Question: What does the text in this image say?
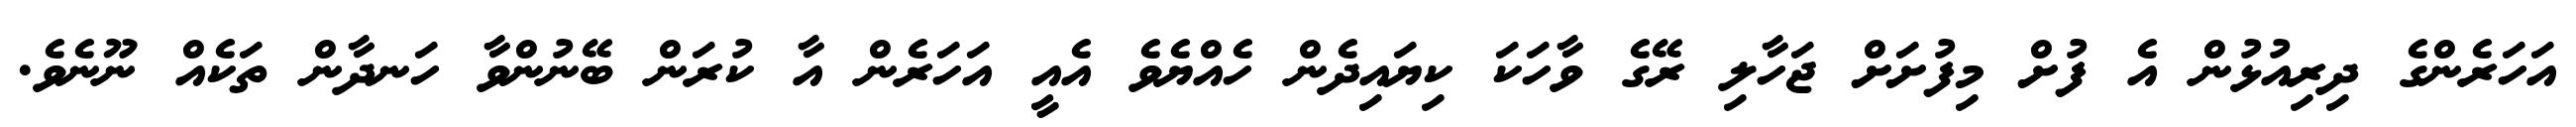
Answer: އަހަރެންގެ ދިރިއުޅުން އެ ފުށް މިފުށަށް ޖަހާލި ރޭގެ ވާހަކަ ކިޔައިދެން ހެއްޔެވެ އެއީ އަހަރެން އާ ކުރަން ބޭނުންވާ ހަނދާން ތަކެއް ނޫނެވެ.